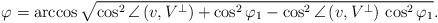
LaTeX: \begin{align*}\varphi=\arccos\sqrt{\cos^{2}\angle\left(v,V^{\bot}\right)+\cos^{2}\varphi_{1}-\cos^{2}\angle\left(v,V^{\bot}\right)\,\cos^{2}\varphi_{1}}\mbox{.}\end{align*}